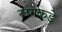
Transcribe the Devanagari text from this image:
रूपाकडे